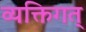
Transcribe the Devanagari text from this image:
व्यक्तिगत्